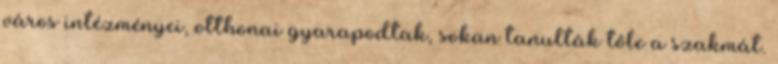
város intézményei, otthonai gyarapodtak, sokan tanulták tôle a szakmát.